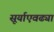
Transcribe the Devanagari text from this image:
सूर्याएवढ्या